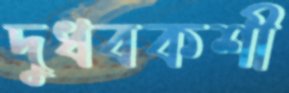
দুধবকশী